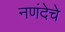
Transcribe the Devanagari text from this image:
नणंदेचे